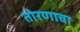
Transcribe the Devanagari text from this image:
तोरणाचा